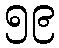
၅၉